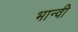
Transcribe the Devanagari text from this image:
भान्वी